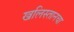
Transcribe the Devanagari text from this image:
खलिस्तानचा